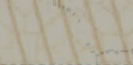
محلات بيع الأجهزة الطبية